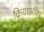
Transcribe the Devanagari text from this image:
क्रियाओंका